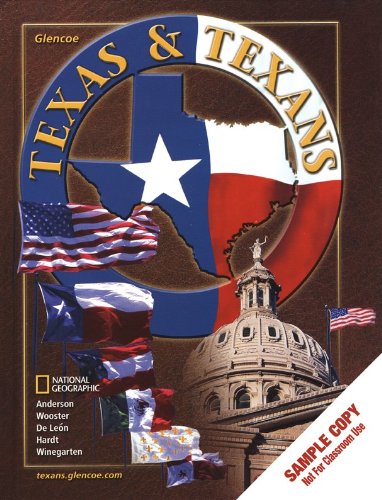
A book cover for Texas and Texans, Student Edition; Adrian N. Anderson; Teen & Young Adult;